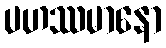
ပဟဿမာနော